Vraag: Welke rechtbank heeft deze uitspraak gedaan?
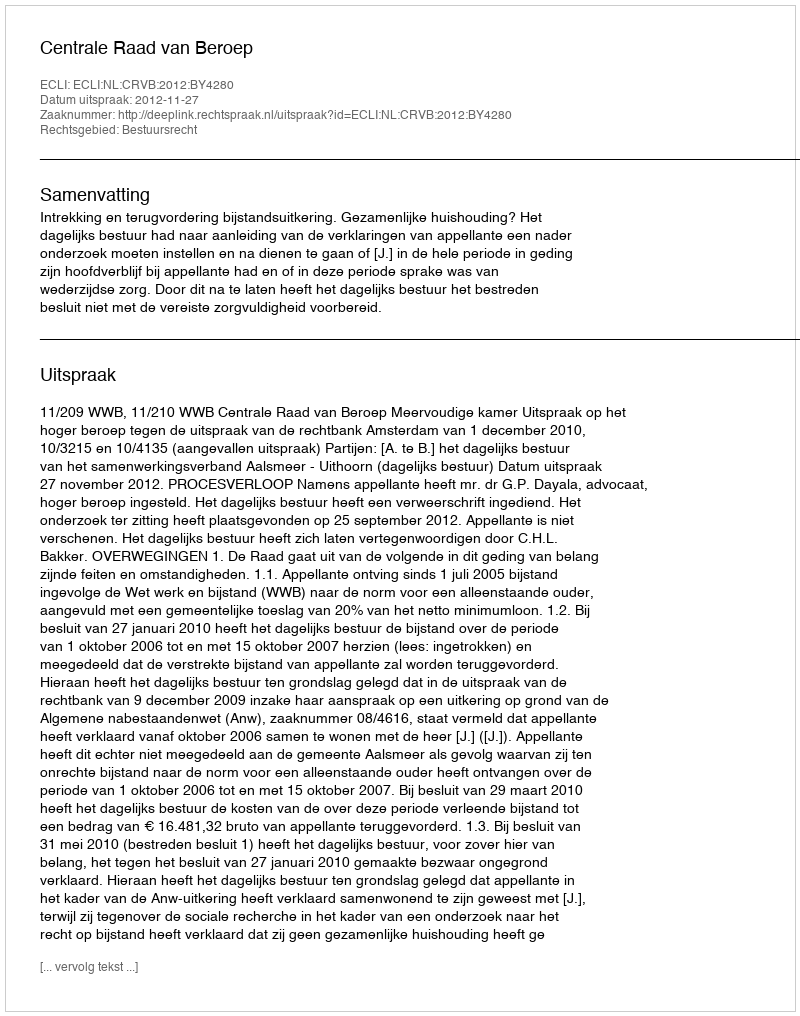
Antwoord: Centrale Raad van Beroep